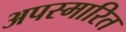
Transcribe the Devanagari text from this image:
अपस्मारित